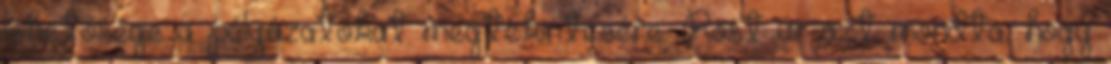
lehetősége a pályázatokat megtekintésére. Röst úr azt mondta, hogy